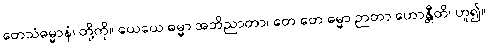
တေသံဓမ္မာနံ၊ တို့ကို။ ယေယေ ဓမ္မာ အဘိညာတာ၊ တေ တေ ဓမ္မာ ဉာတာ ဟောန္တီတိ၊ ဟူ၍။